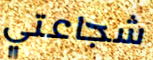
شجاعتي